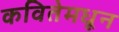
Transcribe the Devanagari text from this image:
कवितेमधून